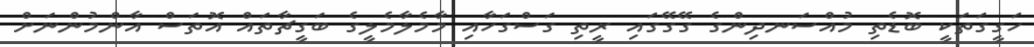
ހަގީގަތަކީ ބޮޑެތި މުއްސަނދިންގެ ގޭގޭގައި ރީތި ގަސްގަހާއި މާމެލާމެލީގެ ބަގީޗާތައް އޮތަަސް އާންމުންނަށް